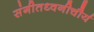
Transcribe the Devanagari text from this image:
संगीतध्वनीचौर्य